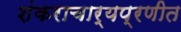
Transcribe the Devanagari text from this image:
शंकराचार्यप्रणीत